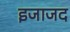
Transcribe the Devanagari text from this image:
इजाजद